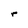
Character: r